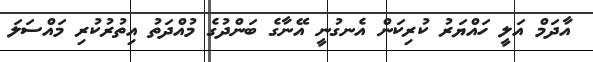
އާދަމް އަލީ ހައްޔަރު ކުރިކަން އެނގުނީ އޭނާގެ ބަންދުގެ މުއްދަތު އިތުރުކުރި މައްސަލަ